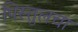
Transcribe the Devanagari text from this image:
पिस्तुलचा